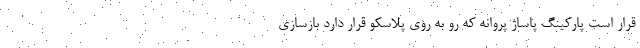
قرار است پارکینگ پاساژ پروانه که رو به روی پلاسکو قرار دارد بازسازی